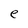
Character: e